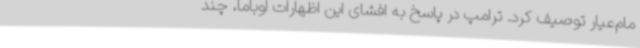
مام‌عیار توصیف کرد. ترامپ در پاسخ به افشای این اظهارات اوباما، چند